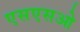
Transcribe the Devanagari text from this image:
एसएसओ